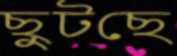
ছুটছে